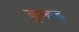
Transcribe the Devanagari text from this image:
कुम्हड़